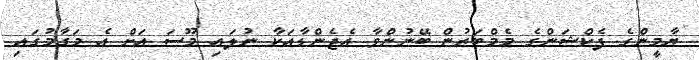
ޔާމީންގެ ފެކްޝަންގެ މެމްބަރުން ބޭނުންވާ އެޖެންޑާއަކާ ނުލައި މޫސަ އަށް އެ މަގާމުގައި